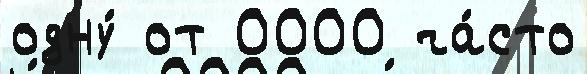
одну́ от 0000 ча́сто